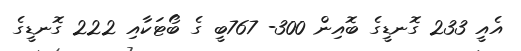
އެއީ 233 ގޮނޑީގެ ބޮއިން 300- 767ބީ ގެ ބޯޓަކާއި 222 ގޮނޑީގެ